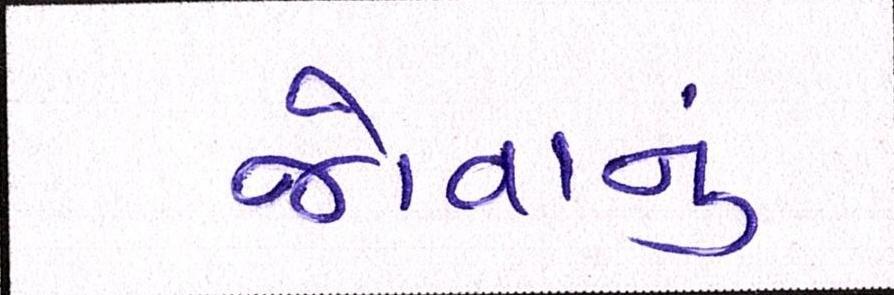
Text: જોવાનું